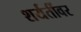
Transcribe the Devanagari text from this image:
शर्यतींवर